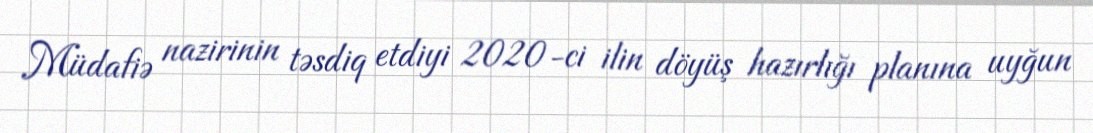
Müdafiə nazirinin təsdiq etdiyi 2020-ci ilin döyüş hazırlığı planına uyğun